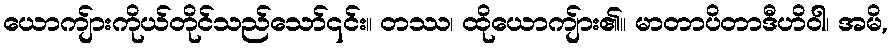
ယောကျ်ားကိုယ်တိုင်သည်သော်၎င်း။ တဿ၊ ထိုယောကျ်ား၏။ မာတာပိတာဒီဟိဝါ၊ အမိ,